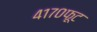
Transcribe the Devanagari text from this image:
४१७०फूट